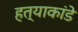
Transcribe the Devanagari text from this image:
हत्याकांडे